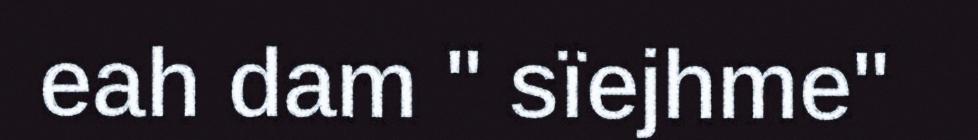
eah dam " sïejhme"